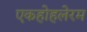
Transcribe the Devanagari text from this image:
एकहोहलेरम